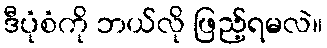
ဒီပုံစံကို ဘယ်လို ဖြည့်ရမလဲ။